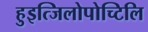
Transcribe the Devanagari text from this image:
हुइत्जिलोपोच्टिलि